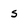
Character: s